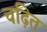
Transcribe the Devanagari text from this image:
चढ़ित